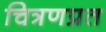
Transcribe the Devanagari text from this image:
चित्रणप्रत